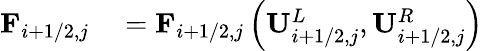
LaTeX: \begin{array}{rl}{\mathbf{F}_{i+1/2,j}}&{{}=\mathbf{F}_{i+1/2,j}\left(\mathbf{U}_{i+1/2,j}^{L},\mathbf{U}_{i+1/2,j}^{R}\right)}\end{array}